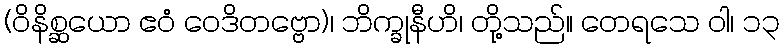
(ဝိနိစ္ဆယော ဧဝံ ဝေဒိတဗ္ဗော)၊ ဘိက္ခုနီဟိ၊ တို့သည်။ တေရသေ ဝါ၊ ၁၃